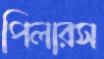
পিলারস